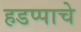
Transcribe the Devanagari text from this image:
हडप्पाचे